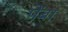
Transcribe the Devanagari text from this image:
पेंबा